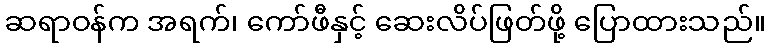
ဆရာဝန်က အရက်၊ ကော်ဖီနှင့် ဆေးလိပ်ဖြတ်ဖို့ ပြောထားသည်။